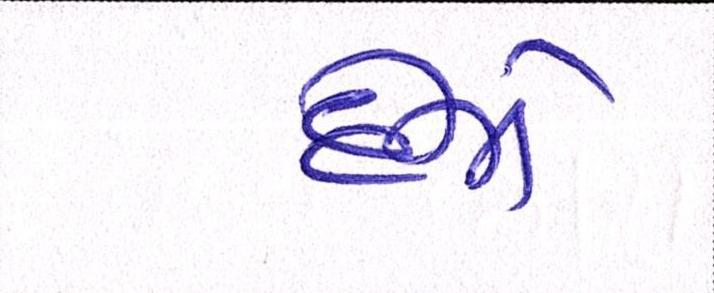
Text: દેજો